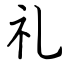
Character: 礼